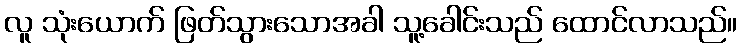
လူ သုံးယောက် ဖြတ်သွားသောအခါ သူ့ခေါင်းသည် ထောင်လာသည်။